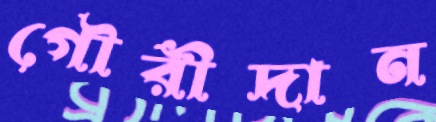
গৌরীদান